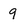
Character: q